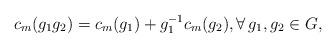
LaTeX: \begin{align*}c_m(g_1 g_2) = c_m(g_1) +g_1^{-1} c_m(g_2), \forall \, g_1, g_2 \in G,\end{align*}